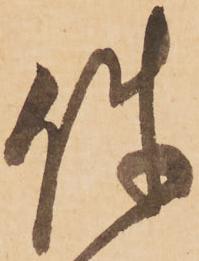
使